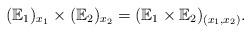
LaTeX: \begin{align*}(\mathbb{E}_1)_{x_1} \times (\mathbb{E}_2)_{x_2} = (\mathbb{E}_1 \times \mathbb{E}_2)_{(x_1,x_2)}.\end{align*}